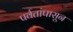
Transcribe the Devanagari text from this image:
पर्वतांपासून